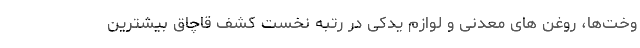
وخت‌ها، روغن های معدنی و لوازم یدکی در رتبه نخست کشف قاچاق بیشترین